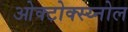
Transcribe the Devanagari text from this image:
ओक्टोक्स्य्नोल